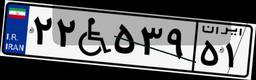
۴۹W۲۶۳۶۶